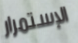
الإستمرار